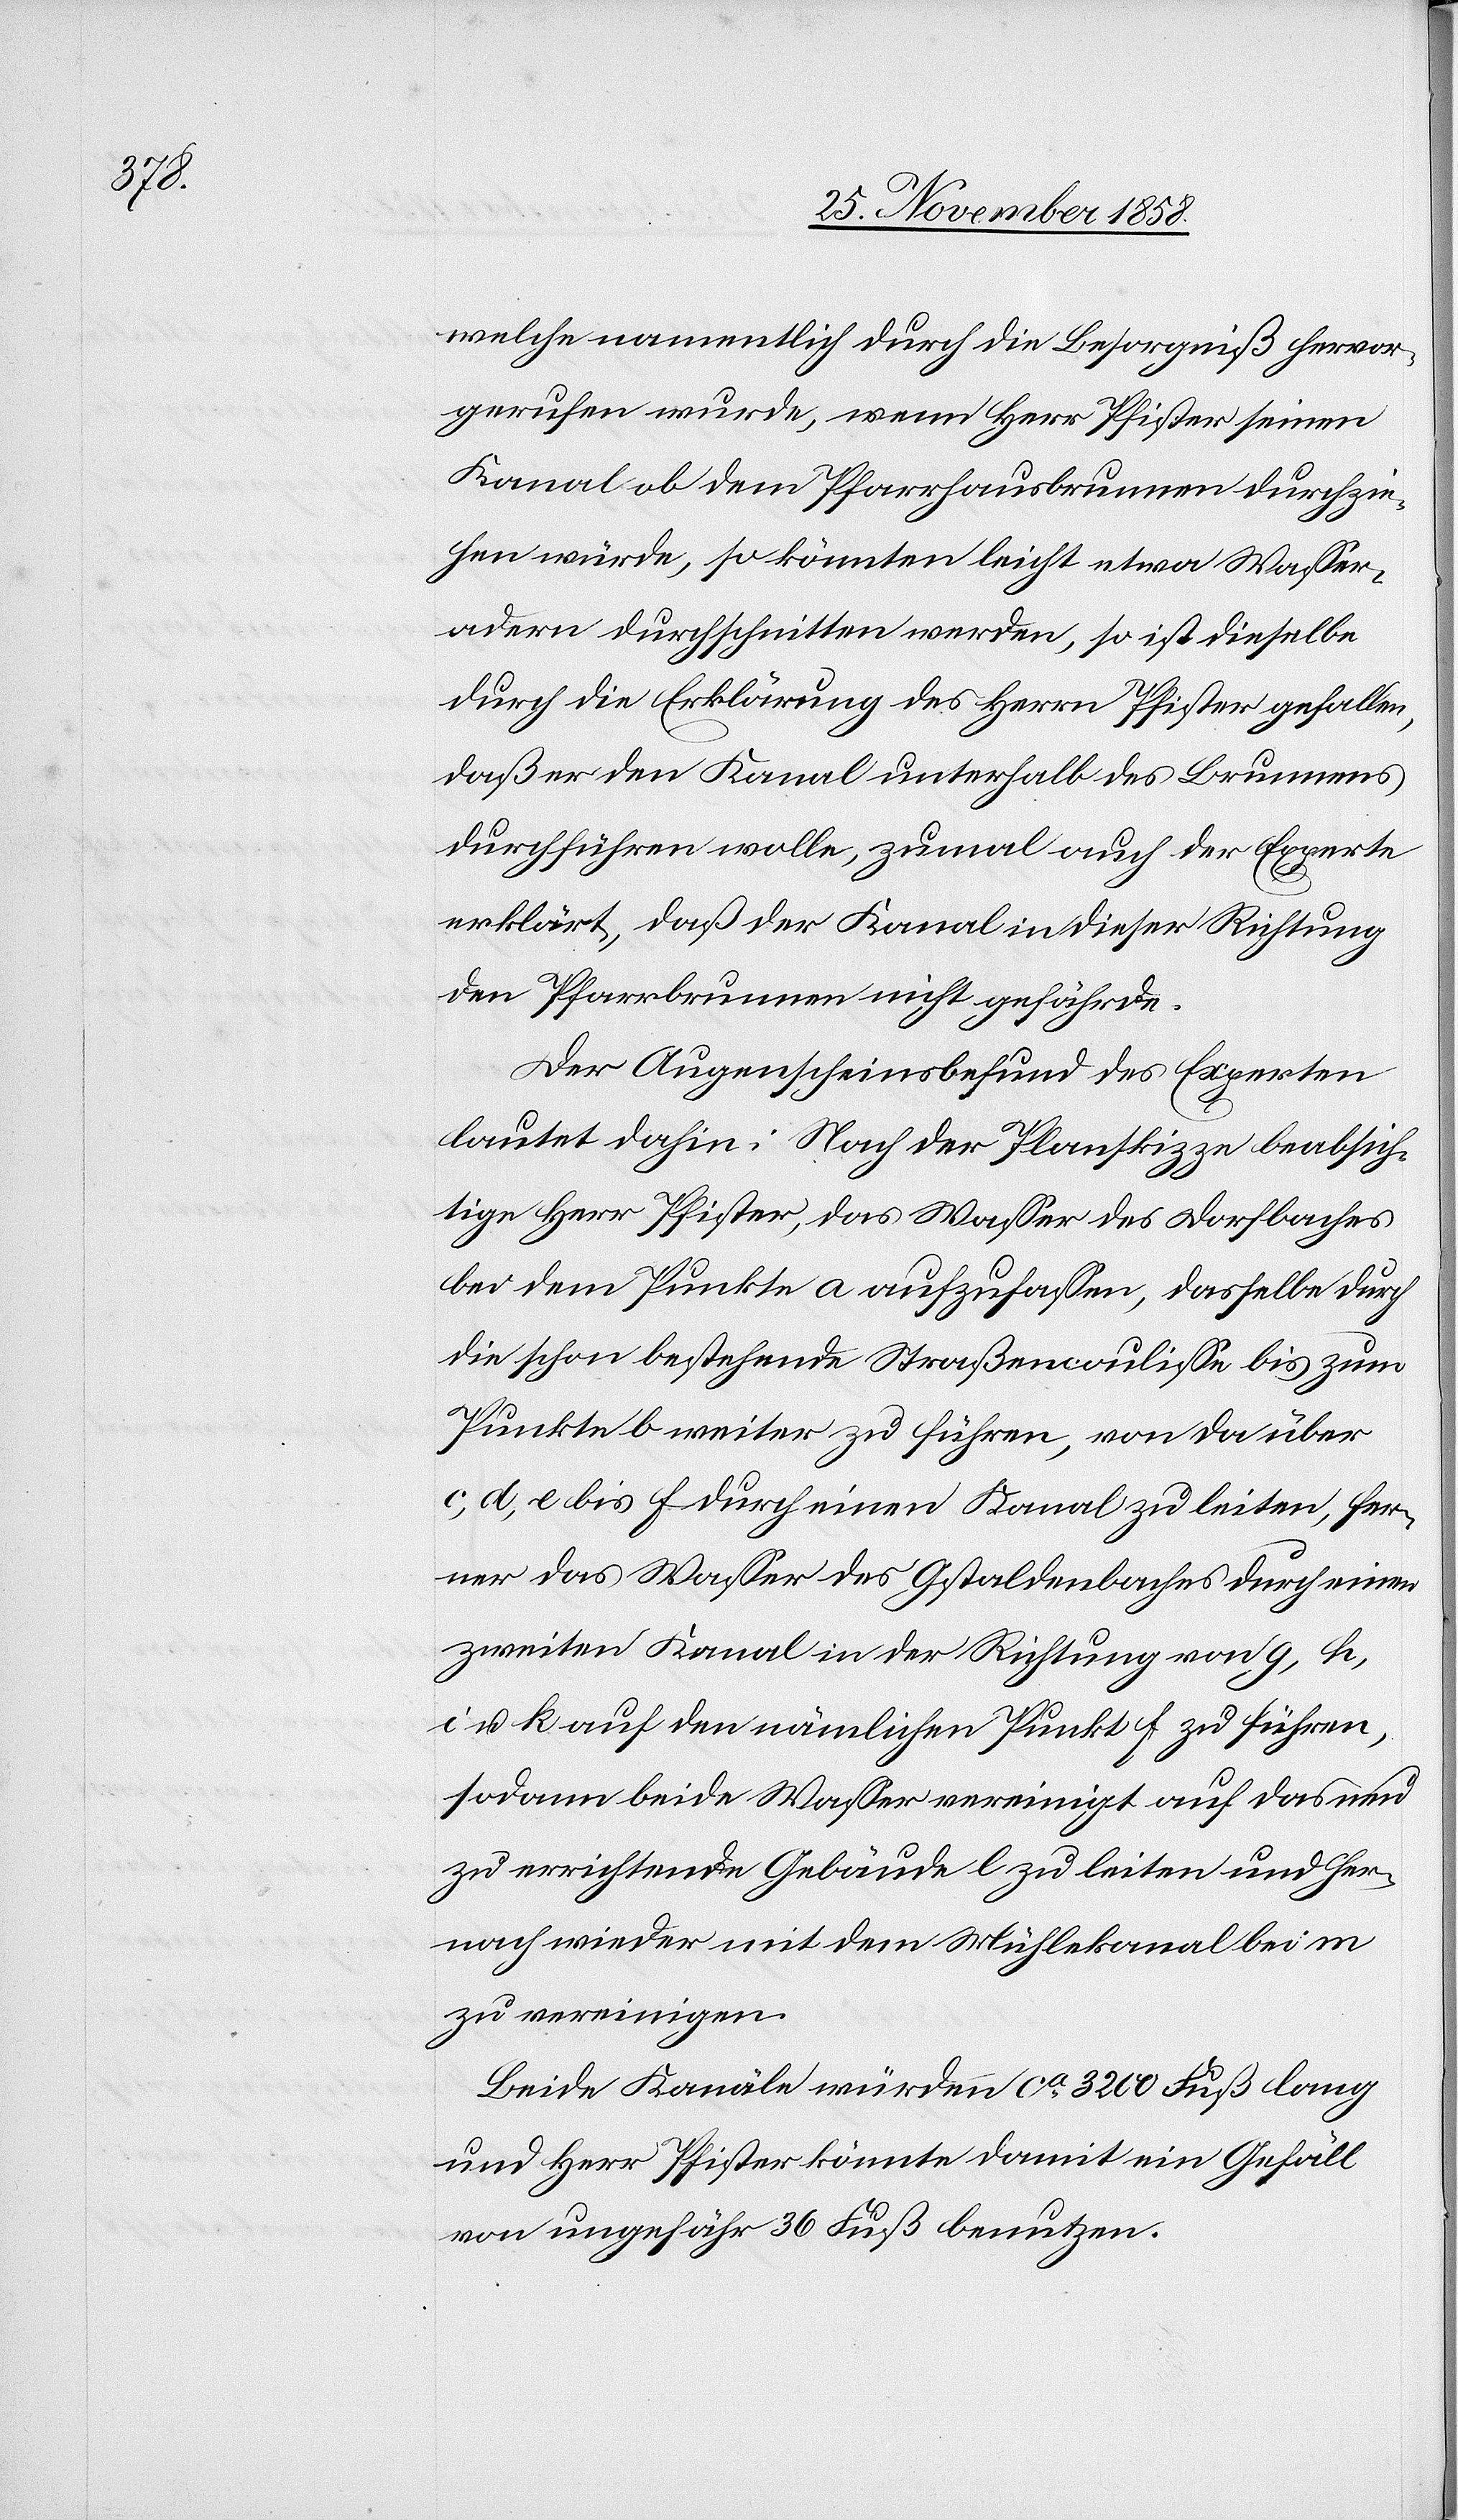
welche namentlich durch die Besorgniß hervor¬
gerufen wurde, wenn Herr Pfister seinen
Kanal ob dem Pfarrhausbrunnen durchzie¬
hen würde, so könnten leicht etwa Wasser¬
adern durchschnitten werden, so ist dieselbe
durch die Erklärung des Herrn Pfister gefallen,
daß er den Kanal unterhalb des Brunnens
durchführen wolle, zumal auch der Experte
erklärt, daß der Kanal in dieser Richtung
den Pfarrbrunnen nicht gefährde.
Der Augenscheinsbefund des Experten
lautet dahin: Nach der Planskizze beabsich¬
tige Herr Pfister, das Wasser des Dorfbaches
bei dem Punkte a aufzufassen, dasselbe durch
die schon bestehende Straßencoulisse bis zum
Punkte b weiter zu führen, von da über
c, d, e bis f durch einen Kanal zu leiten, fer¬
ner das Wasser des Gstaldenbaches durch einen
zweiten Kanal in der Richtung von g, h,
i u. k auf den nämlichen Punkt f zu führen,
sodann beide Wasser vereinigt auf das neu
zu errichtende Gebäude l zu leiten und her¬
nach wieder mit dem Mühlekanal bei m
zu vereinigen.
Beide Kanäle würden ca 3200 Fuß lang
und Herr Pfister könnte damit ein Gefäll
von ungefähr 36 Fuß benutzen.